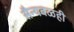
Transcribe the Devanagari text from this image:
सैन्यबळही